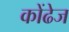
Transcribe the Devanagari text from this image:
कोंढेज